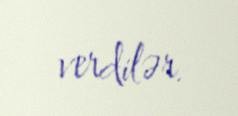
verdilər.